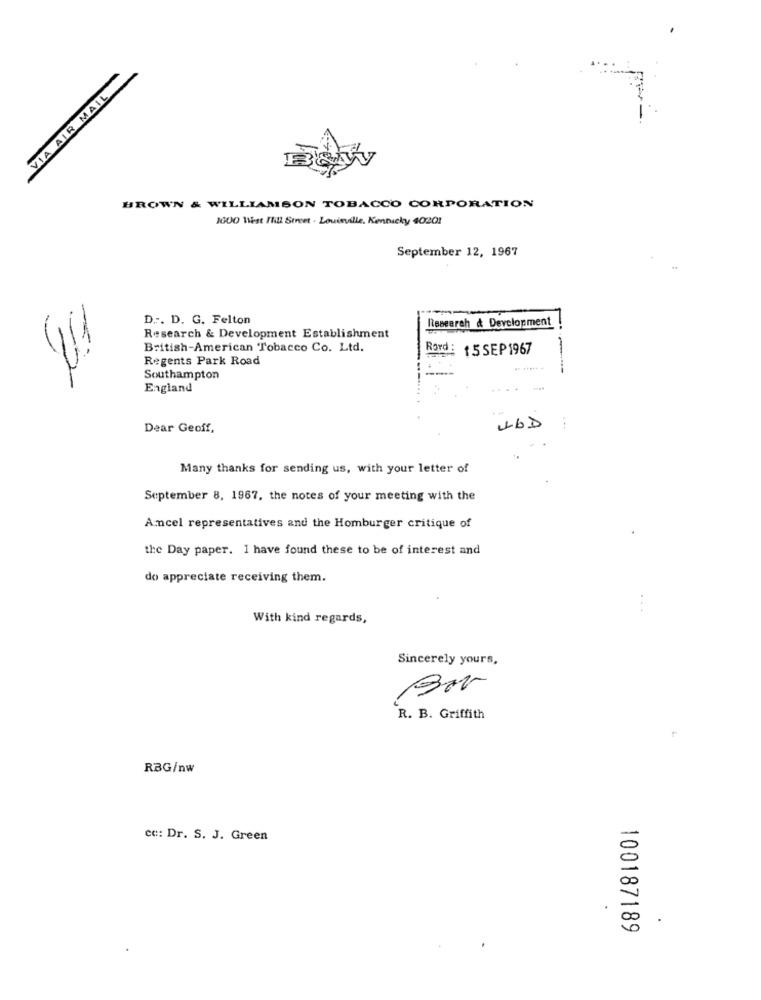
VIA AIR MAIL
BROWN & WILLIAMSON TOBACCO CORPORATION
1000 Wist Fill Street . Louisville, Kentucky 40201
September 12, 1967
D .-. D. G. Felton
Research & Development
Research & Development Establishment
British-American Tobacco Co. Ltd.
Rord :
15 SEP 1967
Regents Park Road
Southampton
England
46D
Dear Geoff,
Many thanks for sending us, with your letter of
September 8, 1967, the notes of your meeting with the
Amcel representatives and the Homburger critique of
the Day paper. I have found these to be of interest and
do appreciate receiving them.
With kind regards,
Sincerely yours,
R. B. Griffith
RBG/nw
cc: Dr. S. J. Green
.
100187189